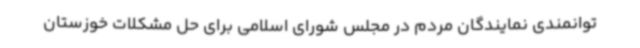
توانمندی نمایندگان مردم در مجلس شورای اسلامی برای حل مشکلات خوزستان